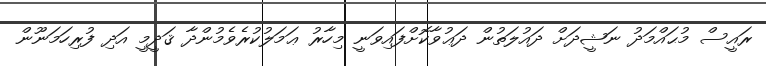
ރައީސް މުޙައްމަދު ނަޝީދަށް ދައުލަތުން ދަޢުވާކޮށްފައިވަނީ މިހާރު ޢަމަލުކުރެވެމުންދާ ޤަދީމީ އަދި ފުރިހަމަނޫން